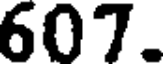
607.